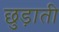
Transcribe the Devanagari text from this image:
छुड़ाती